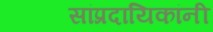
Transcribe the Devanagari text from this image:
सांप्रदायिकांनी